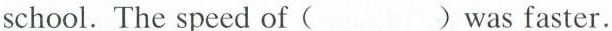
school. The speed of ( ) was faster.